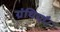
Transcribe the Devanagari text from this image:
ग्रंथियाँ।